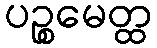
ပဉ္စမေတ္ထ